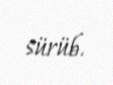
sürüb.